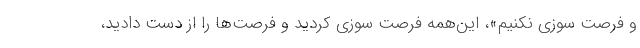
و فرصت سوزی نکنیم»، این‌همه فرصت سوزی کردید و فرصت‌ها را از دست دادید،